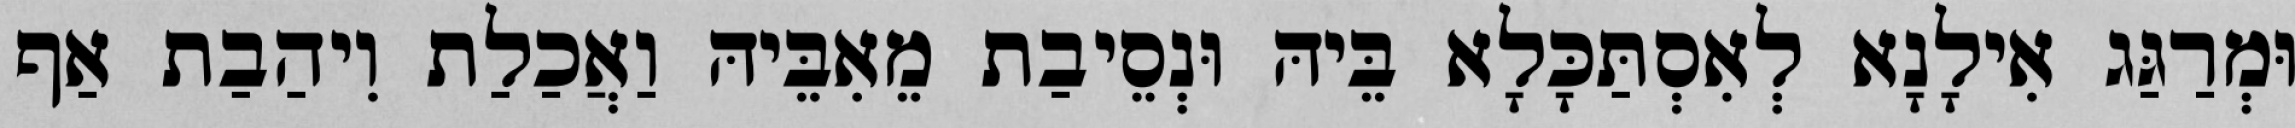
וּמְרַגַּג אִילָנָא לְאִסְתַּכָּלָא בֵּיהּ וּנְסֵיבַת מֵאִבֵּיהּ וַאֲכַלַת וִיהַבַת אַף